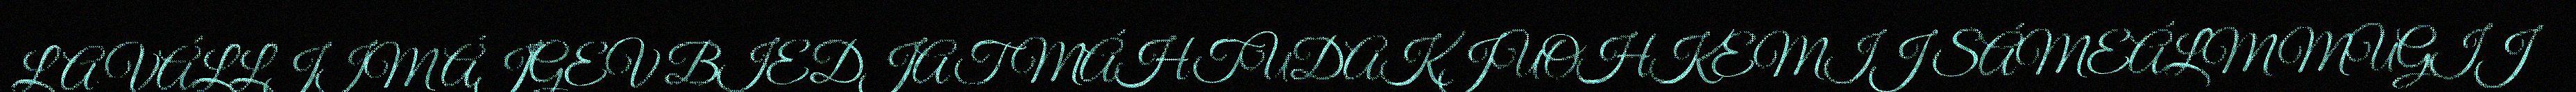
LA VÁLLJIM ÁJGEV BIEDJAT MÁHTUDAKJUOHKEMIJ SÁMEÁLMMUGIJ